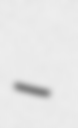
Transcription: –